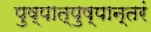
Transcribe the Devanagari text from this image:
पुष्पात्पुष्पान्तरं